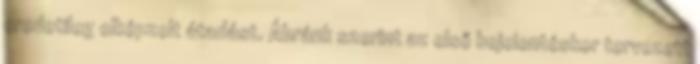
eredetileg elképzelt átadást. Ábránk szerint az első bejelentéskor tervezett